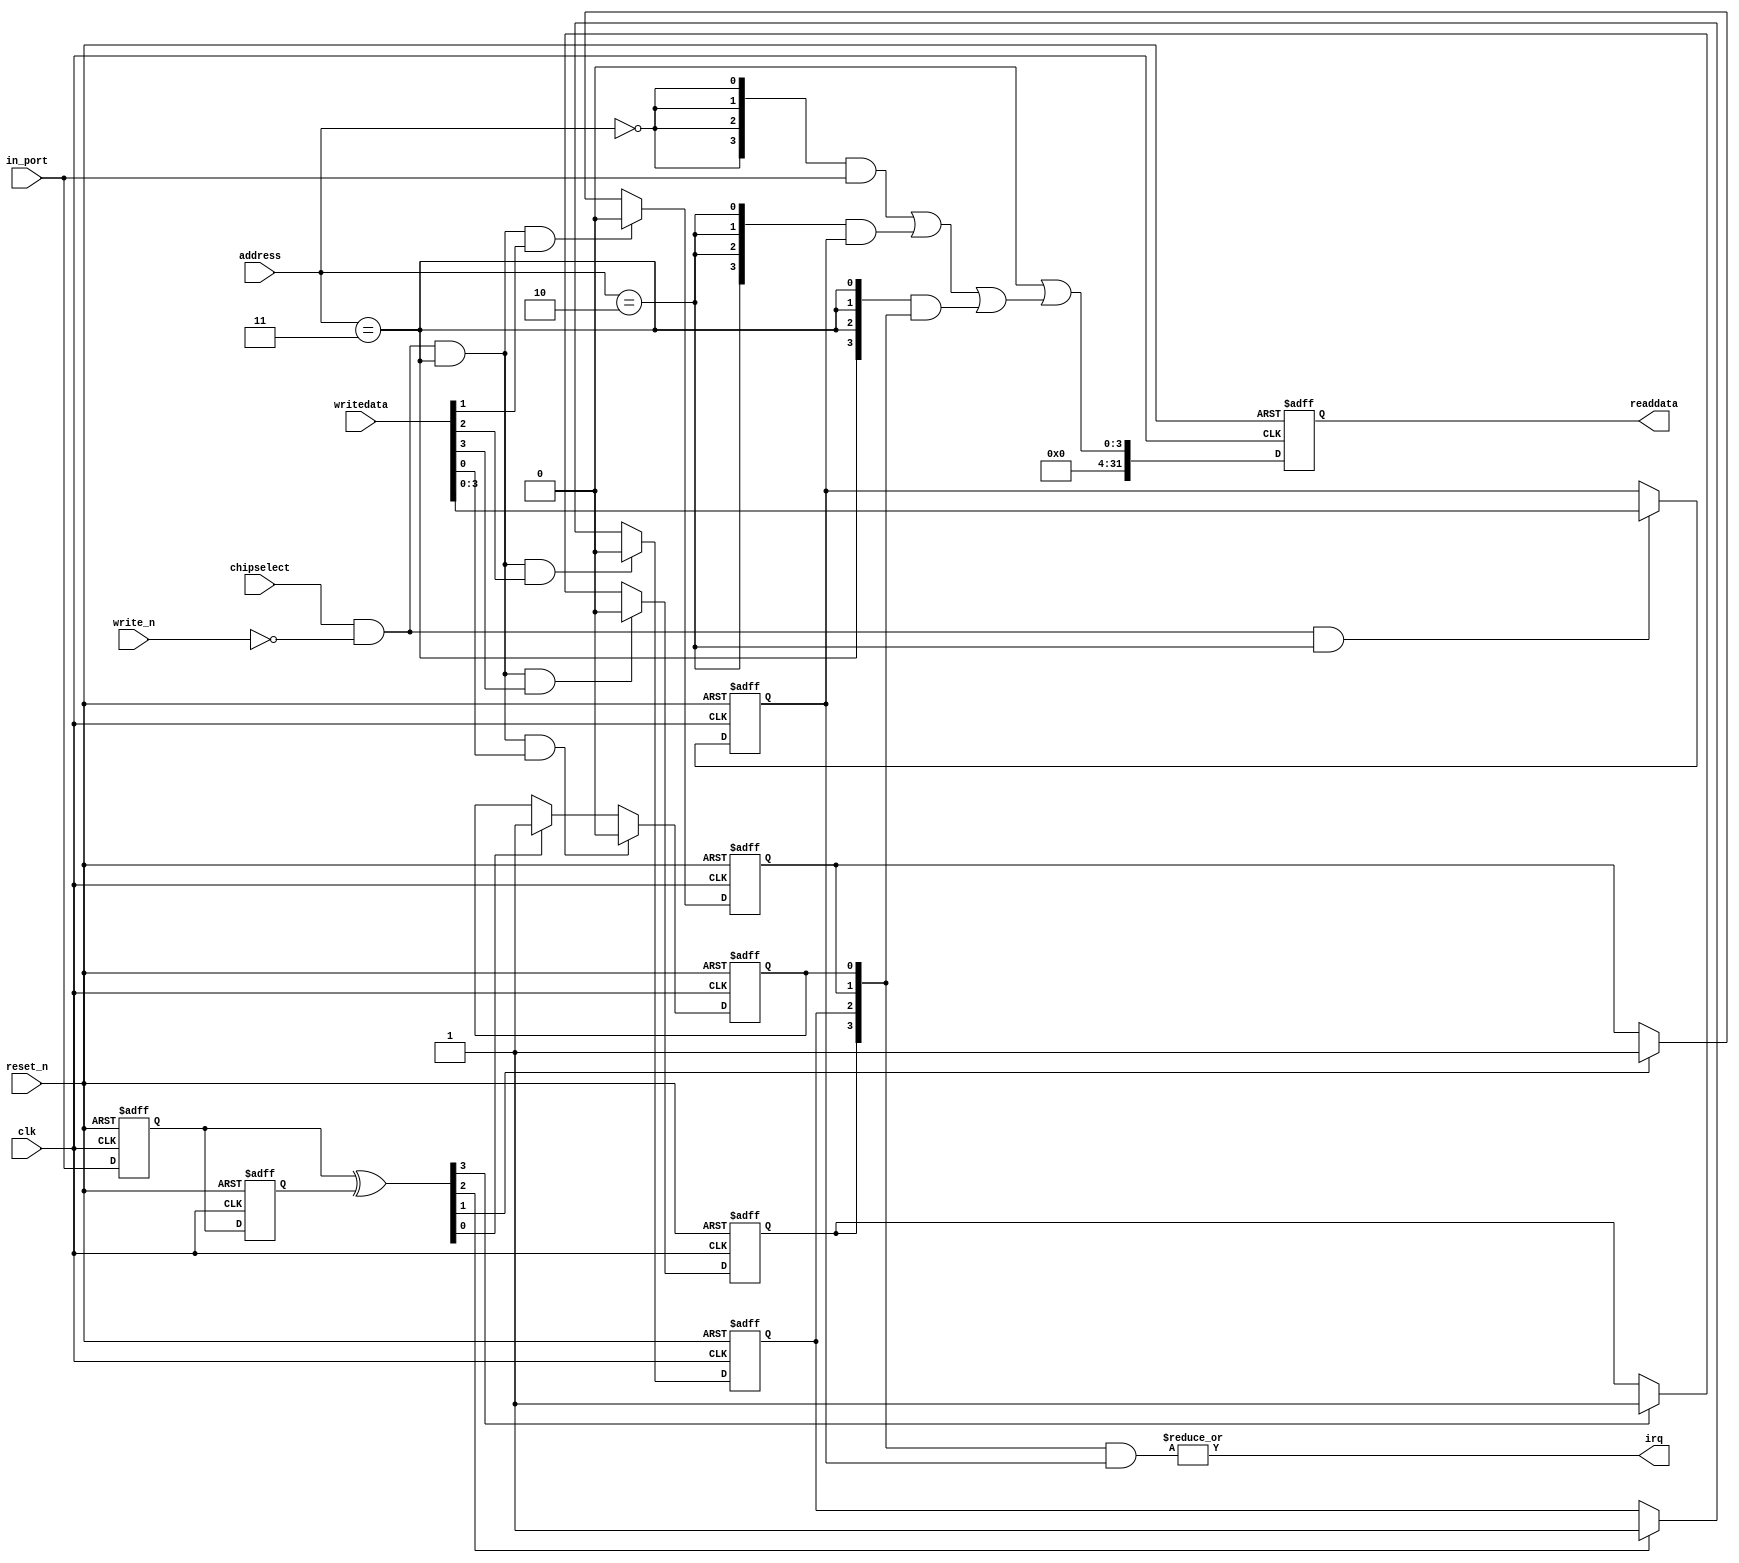
//Legal Notice: (C)2016 Altera Corporation. All rights reserved.  Your
//use of Altera Corporation's design tools, logic functions and other
//software and tools, and its AMPP partner logic functions, and any
//output files any of the foregoing (including device programming or
//simulation files), and any associated documentation or information are
//expressly subject to the terms and conditions of the Altera Program
//License Subscription Agreement or other applicable license agreement,
//including, without limitation, that your use is for the sole purpose
//of programming logic devices manufactured by Altera and sold by Altera
//or its authorized distributors.  Please refer to the applicable
//agreement for further details.

// synthesis translate_off
`timescale 1ns / 1ps
// synthesis translate_on

// turn off superfluous verilog processor warnings 
// altera message_level Level1 
// altera message_off 10034 10035 10036 10037 10230 10240 10030 

module soc_system_dipsw_pio (
                              // inputs:
                               address,
                               chipselect,
                               clk,
                               in_port,
                               reset_n,
                               write_n,
                               writedata,

                              // outputs:
                               irq,
                               readdata
                            )
;

  output           irq;
  output  [ 31: 0] readdata;
  input   [  1: 0] address;
  input            chipselect;
  input            clk;
  input   [  3: 0] in_port;
  input            reset_n;
  input            write_n;
  input   [ 31: 0] writedata;

  wire             clk_en;
  reg     [  3: 0] d1_data_in;
  reg     [  3: 0] d2_data_in;
  wire    [  3: 0] data_in;
  reg     [  3: 0] edge_capture;
  wire             edge_capture_wr_strobe;
  wire    [  3: 0] edge_detect;
  wire             irq;
  reg     [  3: 0] irq_mask;
  wire    [  3: 0] read_mux_out;
  reg     [ 31: 0] readdata;
  assign clk_en = 1;
  //s1, which is an e_avalon_slave
  assign read_mux_out = ({4 {(address == 0)}} & data_in) |
    ({4 {(address == 2)}} & irq_mask) |
    ({4 {(address == 3)}} & edge_capture);

  always @(posedge clk or negedge reset_n)
    begin
      if (reset_n == 0)
          readdata <= 0;
      else if (clk_en)
          readdata <= {32'b0 | read_mux_out};
    end


  assign data_in = in_port;
  always @(posedge clk or negedge reset_n)
    begin
      if (reset_n == 0)
          irq_mask <= 0;
      else if (chipselect && ~write_n && (address == 2))
          irq_mask <= writedata[3 : 0];
    end


  assign irq = |(edge_capture & irq_mask);
  assign edge_capture_wr_strobe = chipselect && ~write_n && (address == 3);
  always @(posedge clk or negedge reset_n)
    begin
      if (reset_n == 0)
          edge_capture[0] <= 0;
      else if (clk_en)
          if (edge_capture_wr_strobe && writedata[0])
              edge_capture[0] <= 0;
          else if (edge_detect[0])
              edge_capture[0] <= -1;
    end


  always @(posedge clk or negedge reset_n)
    begin
      if (reset_n == 0)
          edge_capture[1] <= 0;
      else if (clk_en)
          if (edge_capture_wr_strobe && writedata[1])
              edge_capture[1] <= 0;
          else if (edge_detect[1])
              edge_capture[1] <= -1;
    end


  always @(posedge clk or negedge reset_n)
    begin
      if (reset_n == 0)
          edge_capture[2] <= 0;
      else if (clk_en)
          if (edge_capture_wr_strobe && writedata[2])
              edge_capture[2] <= 0;
          else if (edge_detect[2])
              edge_capture[2] <= -1;
    end


  always @(posedge clk or negedge reset_n)
    begin
      if (reset_n == 0)
          edge_capture[3] <= 0;
      else if (clk_en)
          if (edge_capture_wr_strobe && writedata[3])
              edge_capture[3] <= 0;
          else if (edge_detect[3])
              edge_capture[3] <= -1;
    end


  always @(posedge clk or negedge reset_n)
    begin
      if (reset_n == 0)
        begin
          d1_data_in <= 0;
          d2_data_in <= 0;
        end
      else if (clk_en)
        begin
          d1_data_in <= data_in;
          d2_data_in <= d1_data_in;
        end
    end


  assign edge_detect = d1_data_in ^  d2_data_in;

endmodule